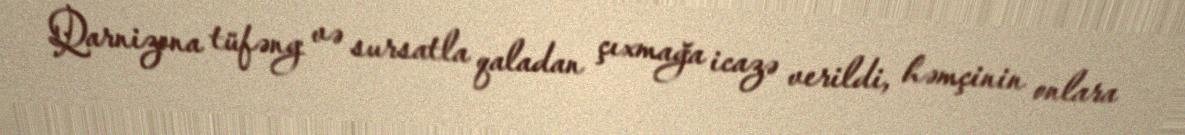
Qarnizona tüfəng və sursatla qaladan çıxmağa icazə verildi, həmçinin onlara